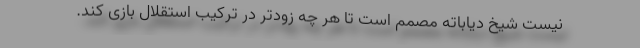
نیست شیخ دیاباته مصمم است تا هر چه زودتر در ترکیب استقلال بازی کند.